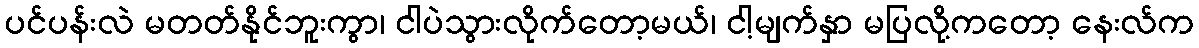
ပင်ပန်းလဲ မတတ်နိုင်ဘူးကွာ၊ ငါပဲသွားလိုက်တော့မယ်၊ ငါ့မျက်နှာ မပြလို့ကတော့ နေးလ်က